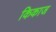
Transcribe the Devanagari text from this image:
किकाज